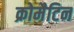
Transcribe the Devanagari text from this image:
क्रोमैटिन